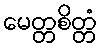
မေတ္တစိတ္တံ